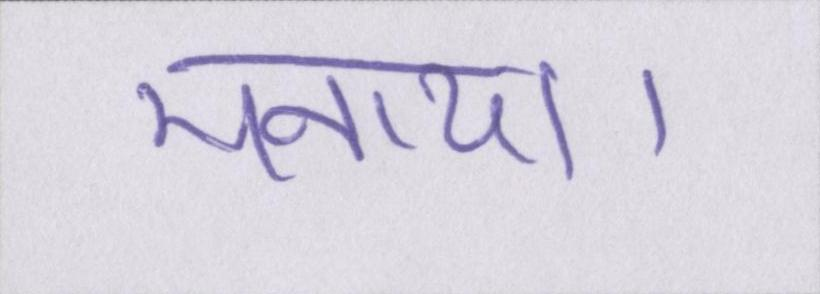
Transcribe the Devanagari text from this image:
मनाया।